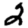
Digit: 2